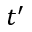
t ^ { \prime }